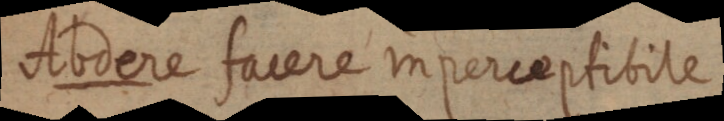
oodere farere inperceptibire